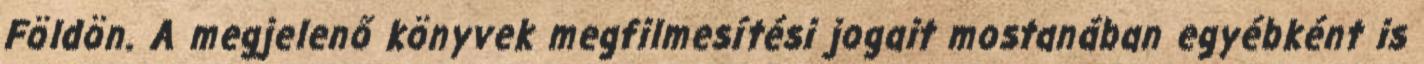
Földön. A megjelenő könyvek megfilmesítési jogait mostanában egyébként is